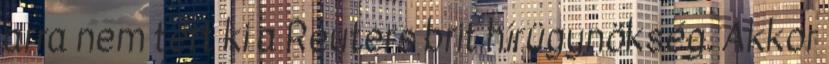
arra nem tért ki a Reuters brit hírügynökség. Akkor